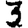
Digit: 3